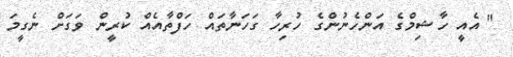
" އެއީ ހާޝިމްގެ އަންހެނުންގެ ހުރިހާ ގަހަނާތައް ހަފްތާއެއް ކުރީން ވަގަށް ނެގީމަ